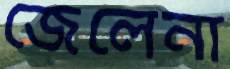
জেলেনা